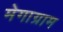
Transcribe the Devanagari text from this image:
मेगाग्राम